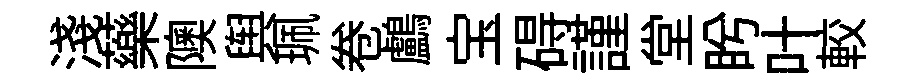
淺藥隩舆珮卷鸕宝碍謹堂盻叶較